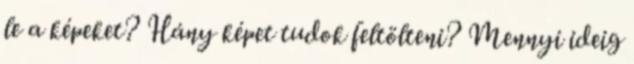
le a képeket? Hány képet tudok feltölteni? Mennyi ideig